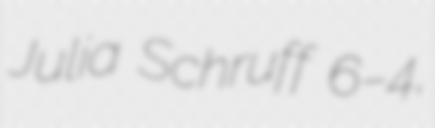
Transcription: Julia Schruff 6–4,